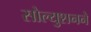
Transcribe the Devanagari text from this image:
सोल्युशनने